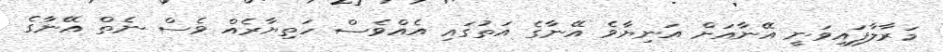
މަރާލާފައިވަނީ އޭނާއަށް އަނިޔާވެ އޭނާގެ އަތުގައި އެއްވެސް ހަތިޔާރެއް ވެސް ނެތް އޭނާގެ